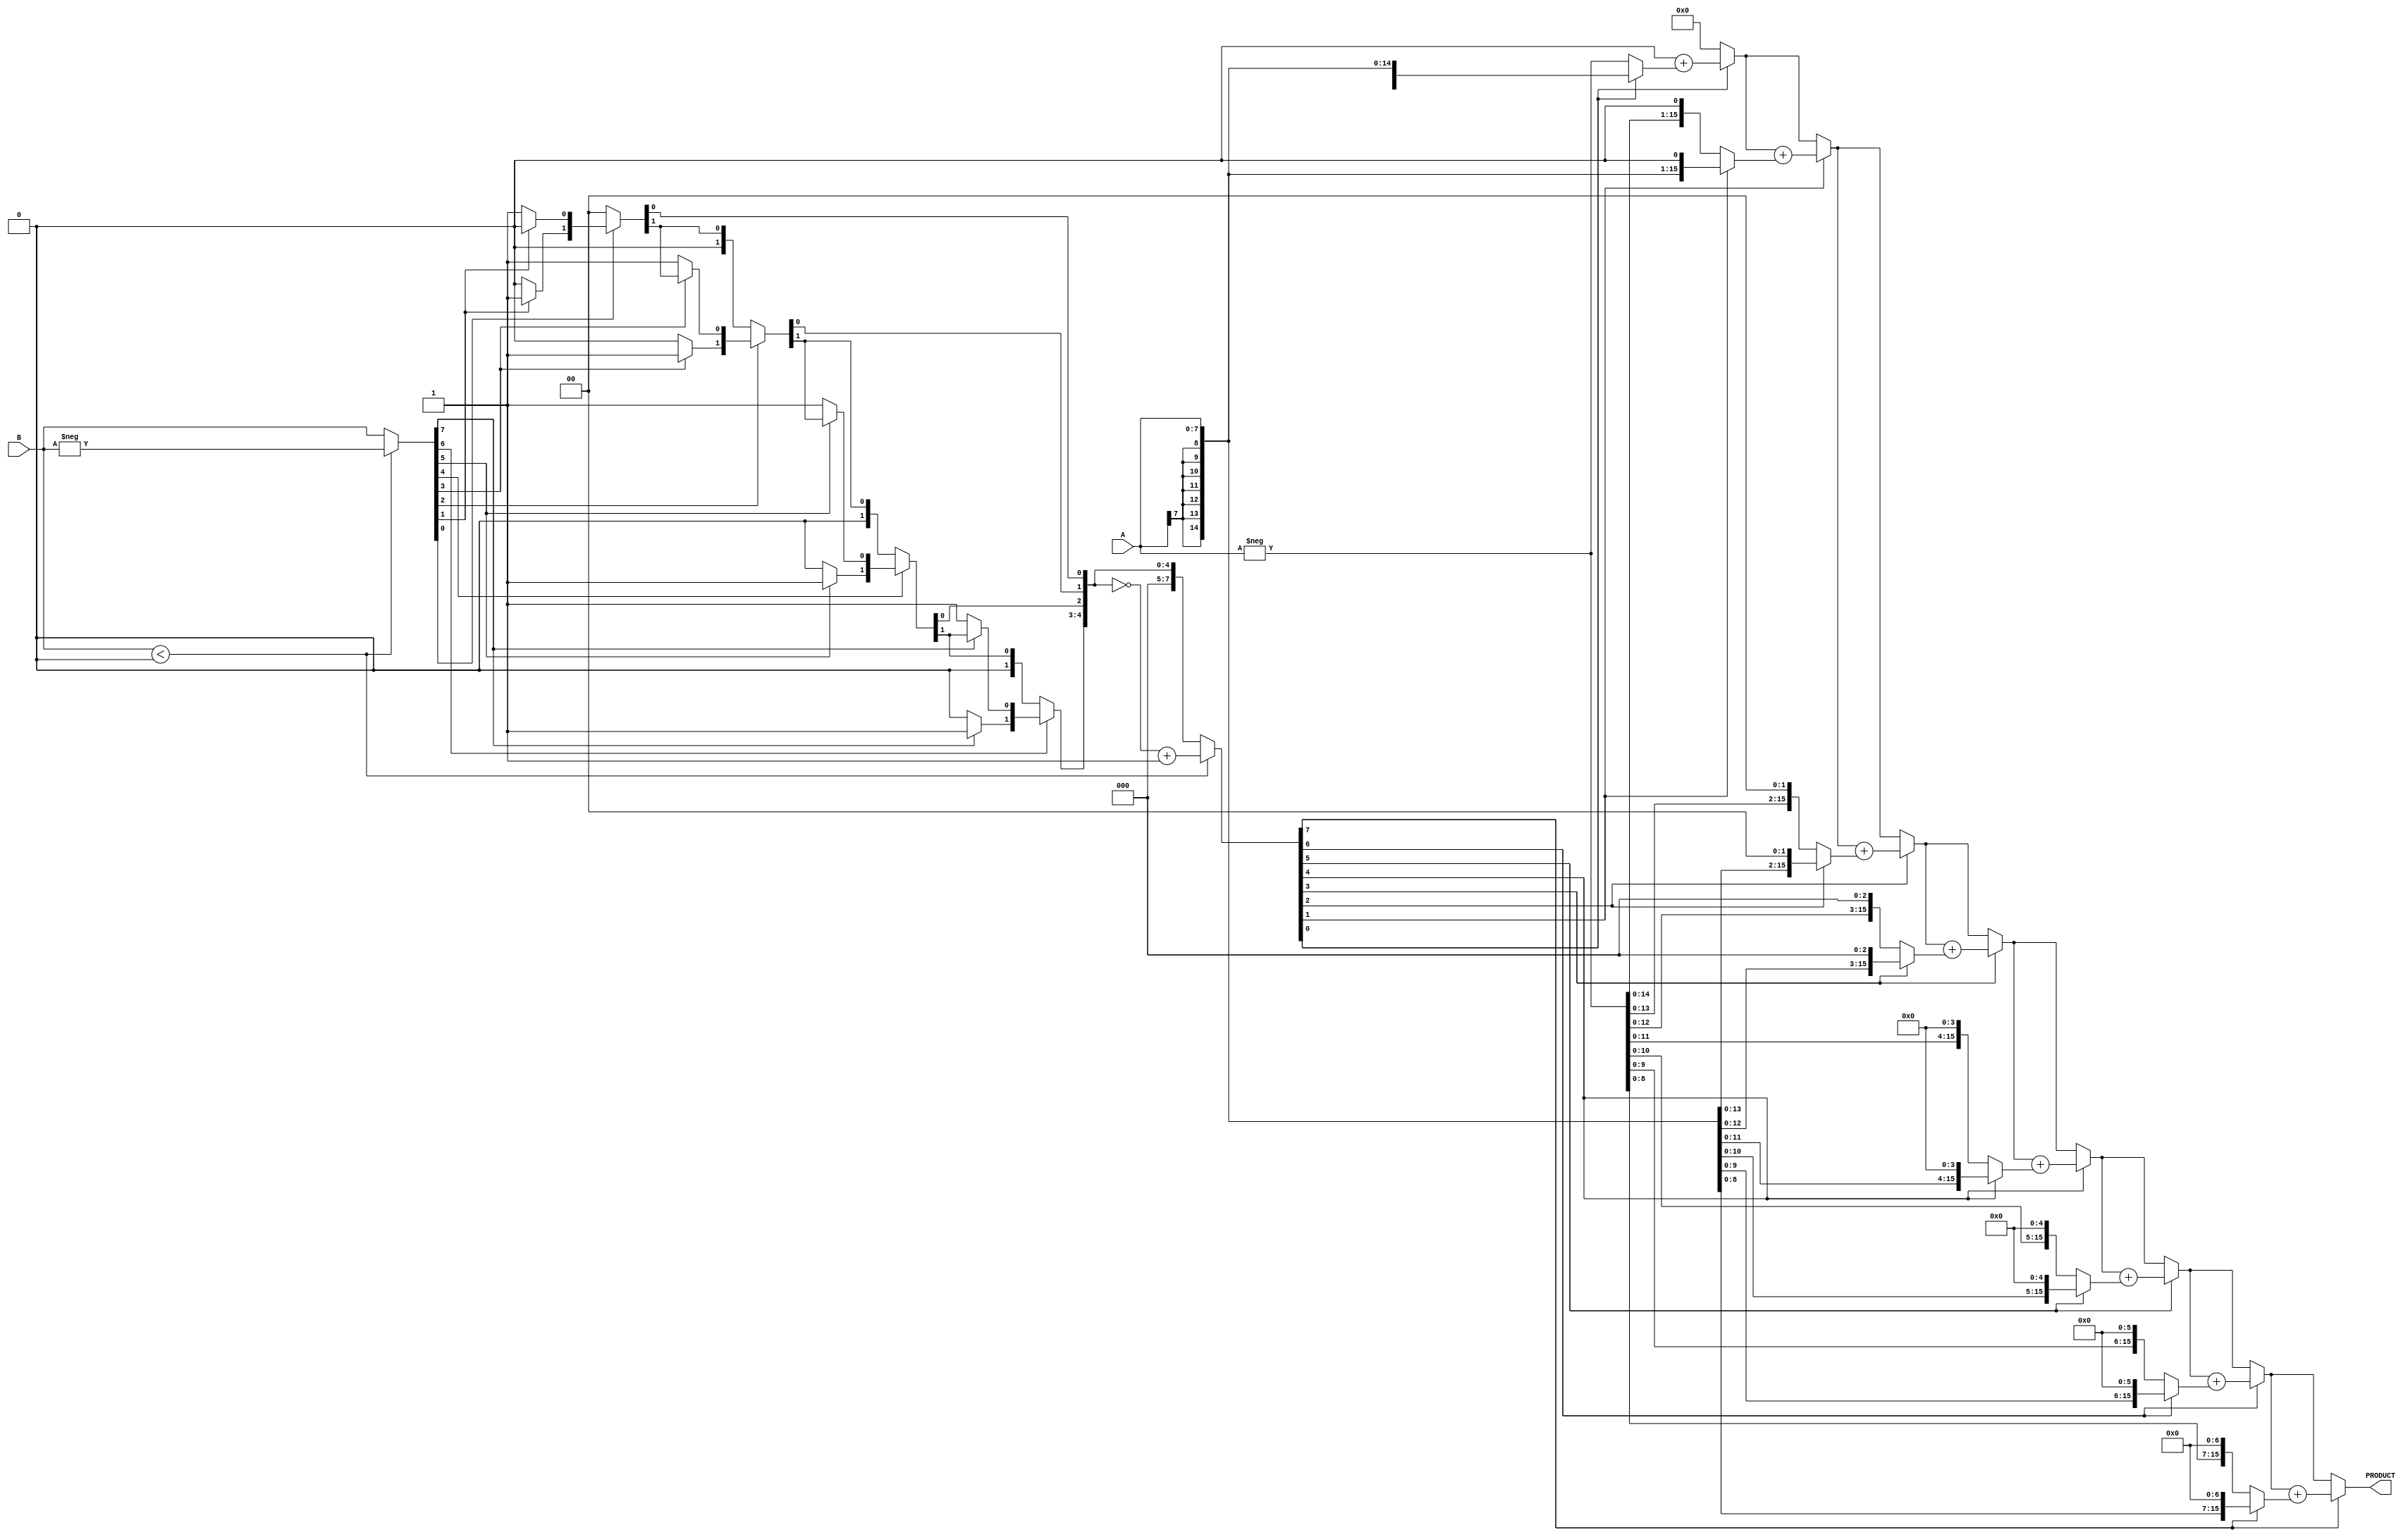
module csd_multiplier #(parameter WIDTH = 8) (
    input signed [WIDTH-1:0] A,
    input signed [WIDTH-1:0] B,
    output reg signed [2*WIDTH-1:0] PRODUCT
);
    
    // Internal signals
    reg [WIDTH*2-1:0] csd_A;
    reg [WIDTH*2-1:0] csd_B;
    
    // CSD Conversion
    function [WIDTH*2-1:0] convert_to_csd;
        input signed [WIDTH-1:0] number;
        integer i;
        reg [WIDTH-1:0] abs_number;
        begin
            abs_number = (number < 0) ? -number : number; // Get the absolute value
            convert_to_csd = 0;

            for (i = 0; i < WIDTH; i = i + 1) begin
                if (abs_number[i]) begin
                    // Check if we need to set a CSD digit
                    if (abs_number[i+1] == 1) begin
                        convert_to_csd[i+1] = 1; // Set CSD digit to 1
                    end else begin
                        convert_to_csd[i] = 1; // Set CSD digit to -1
                    end
                end
                
                // Shift to the left for next digit
                abs_number = abs_number >> 1;
            end

            // Adjust for sign
            if (number < 0) begin
                convert_to_csd = ~convert_to_csd + 1; // Negate for negative numbers
            end
        end
    endfunction

    // Generate CSD
    always @(*) begin
        csd_A = convert_to_csd(A);
        csd_B = convert_to_csd(B);
    end

    // Partial product generation and accumulation
    integer j;
    reg signed [2*WIDTH-1:0] pp; // Partial product
    always @(*) begin
        PRODUCT = 0; // Initialize to zero
        for (j = 0; j < WIDTH; j = j + 1) begin
            if (csd_B[j]) begin
                pp = (csd_B[j] == 1) ? A << j : -A << j;
                PRODUCT = PRODUCT + pp;
            end
        end
    end

endmodule